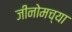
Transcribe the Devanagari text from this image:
जीनोमच्या